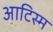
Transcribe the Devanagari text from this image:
आटिस्म